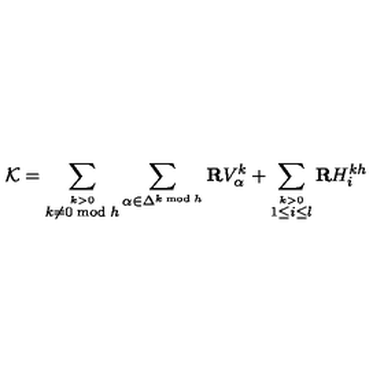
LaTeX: { \cal K } = \sum _ { \stackrel { k > 0 } { k \neq 0 \bmod h } } \sum _ { \alpha \in \Delta ^ { k \bmod h } } { \bf R } V _ { \alpha } ^ { k } + \sum _ { \stackrel { k > 0 } { 1 \leq i \leq l } } { \bf R } H _ { i } ^ { k h }